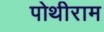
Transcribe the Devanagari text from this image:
पोथीराम